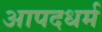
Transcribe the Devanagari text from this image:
आपदधर्म